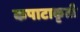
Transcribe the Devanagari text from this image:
कपाटाकृती